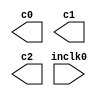
// megafunction wizard: %ALTPLL%VBB%
// GENERATION: STANDARD
// VERSION: WM1.0
// MODULE: altpll 

// ============================================================
// Megafunction Name(s):
// 			altpll
//
// Simulation Library Files(s):
// 			altera_mf
// ============================================================
// ************************************************************
// THIS IS A WIZARD-GENERATED FILE. DO NOT EDIT THIS FILE!
//
// 9.1 Build 304 01/25/2010 SP 1 SJ Full Version
// ************************************************************

//Copyright (C) 1991-2010 Altera Corporation
//Your use of Altera Corporation's design tools, logic functions 
//and other software and tools, and its AMPP partner logic 
//functions, and any output files from any of the foregoing 
//(including device programming or simulation files), and any 
//associated documentation or information are expressly subject 
//to the terms and conditions of the Altera Program License 
//Subscription Agreement, Altera MegaCore Function License 
//Agreement, or other applicable license agreement, including, 
//without limitation, that your use is for the sole purpose of 
//programming logic devices manufactured by Altera and sold by 
//Altera or its authorized distributors.  Please refer to the 
//applicable agreement for further details.

module altpllpll (
	inclk0,
	c0,
	c1,
	c2);

	input	  inclk0;
	output	  c0;
	output	  c1;
	output	  c2;

endmodule

// ============================================================
// CNX file retrieval info
// ============================================================
// Retrieval info: PRIVATE: ACTIVECLK_CHECK STRING "0"
// Retrieval info: PRIVATE: BANDWIDTH STRING "1.000"
// Retrieval info: PRIVATE: BANDWIDTH_FEATURE_ENABLED STRING "1"
// Retrieval info: PRIVATE: BANDWIDTH_FREQ_UNIT STRING "MHz"
// Retrieval info: PRIVATE: BANDWIDTH_PRESET STRING "Low"
// Retrieval info: PRIVATE: BANDWIDTH_USE_AUTO STRING "1"
// Retrieval info: PRIVATE: BANDWIDTH_USE_PRESET STRING "0"
// Retrieval info: PRIVATE: CLKBAD_SWITCHOVER_CHECK STRING "0"
// Retrieval info: PRIVATE: CLKLOSS_CHECK STRING "0"
// Retrieval info: PRIVATE: CLKSWITCH_CHECK STRING "0"
// Retrieval info: PRIVATE: CNX_NO_COMPENSATE_RADIO STRING "0"
// Retrieval info: PRIVATE: CREATE_CLKBAD_CHECK STRING "0"
// Retrieval info: PRIVATE: CREATE_INCLK1_CHECK STRING "0"
// Retrieval info: PRIVATE: CUR_DEDICATED_CLK STRING "c0"
// Retrieval info: PRIVATE: CUR_FBIN_CLK STRING "e0"
// Retrieval info: PRIVATE: DEVICE_SPEED_GRADE STRING "Any"
// Retrieval info: PRIVATE: DIV_FACTOR0 NUMERIC "1"
// Retrieval info: PRIVATE: DIV_FACTOR1 NUMERIC "1"
// Retrieval info: PRIVATE: DIV_FACTOR2 NUMERIC "1"
// Retrieval info: PRIVATE: DUTY_CYCLE0 STRING "50.00000000"
// Retrieval info: PRIVATE: DUTY_CYCLE1 STRING "50.00000000"
// Retrieval info: PRIVATE: DUTY_CYCLE2 STRING "50.00000000"
// Retrieval info: PRIVATE: EFF_OUTPUT_FREQ_VALUE0 STRING "100.000000"
// Retrieval info: PRIVATE: EFF_OUTPUT_FREQ_VALUE1 STRING "100.000000"
// Retrieval info: PRIVATE: EFF_OUTPUT_FREQ_VALUE2 STRING "50.000000"
// Retrieval info: PRIVATE: EXPLICIT_SWITCHOVER_COUNTER STRING "0"
// Retrieval info: PRIVATE: EXT_FEEDBACK_RADIO STRING "0"
// Retrieval info: PRIVATE: GLOCKED_COUNTER_EDIT_CHANGED STRING "1"
// Retrieval info: PRIVATE: GLOCKED_FEATURE_ENABLED STRING "0"
// Retrieval info: PRIVATE: GLOCKED_MODE_CHECK STRING "0"
// Retrieval info: PRIVATE: GLOCK_COUNTER_EDIT NUMERIC "1048575"
// Retrieval info: PRIVATE: HAS_MANUAL_SWITCHOVER STRING "1"
// Retrieval info: PRIVATE: INCLK0_FREQ_EDIT STRING "50.000"
// Retrieval info: PRIVATE: INCLK0_FREQ_UNIT_COMBO STRING "MHz"
// Retrieval info: PRIVATE: INCLK1_FREQ_EDIT STRING "100.000"
// Retrieval info: PRIVATE: INCLK1_FREQ_EDIT_CHANGED STRING "1"
// Retrieval info: PRIVATE: INCLK1_FREQ_UNIT_CHANGED STRING "1"
// Retrieval info: PRIVATE: INCLK1_FREQ_UNIT_COMBO STRING "MHz"
// Retrieval info: PRIVATE: INTENDED_DEVICE_FAMILY STRING "Cyclone IV E"
// Retrieval info: PRIVATE: INT_FEEDBACK__MODE_RADIO STRING "1"
// Retrieval info: PRIVATE: LOCKED_OUTPUT_CHECK STRING "0"
// Retrieval info: PRIVATE: LONG_SCAN_RADIO STRING "1"
// Retrieval info: PRIVATE: LVDS_MODE_DATA_RATE STRING "300.000"
// Retrieval info: PRIVATE: LVDS_MODE_DATA_RATE_DIRTY NUMERIC "0"
// Retrieval info: PRIVATE: LVDS_PHASE_SHIFT_UNIT0 STRING "ps"
// Retrieval info: PRIVATE: LVDS_PHASE_SHIFT_UNIT1 STRING "ps"
// Retrieval info: PRIVATE: LVDS_PHASE_SHIFT_UNIT2 STRING "ps"
// Retrieval info: PRIVATE: MIG_DEVICE_SPEED_GRADE STRING "Any"
// Retrieval info: PRIVATE: MIRROR_CLK0 STRING "0"
// Retrieval info: PRIVATE: MIRROR_CLK1 STRING "0"
// Retrieval info: PRIVATE: MIRROR_CLK2 STRING "0"
// Retrieval info: PRIVATE: MULT_FACTOR0 NUMERIC "1"
// Retrieval info: PRIVATE: MULT_FACTOR1 NUMERIC "1"
// Retrieval info: PRIVATE: MULT_FACTOR2 NUMERIC "1"
// Retrieval info: PRIVATE: NORMAL_MODE_RADIO STRING "1"
// Retrieval info: PRIVATE: OUTPUT_FREQ0 STRING "100.00000000"
// Retrieval info: PRIVATE: OUTPUT_FREQ1 STRING "100.00000000"
// Retrieval info: PRIVATE: OUTPUT_FREQ2 STRING "10.00000000"
// Retrieval info: PRIVATE: OUTPUT_FREQ_MODE0 STRING "1"
// Retrieval info: PRIVATE: OUTPUT_FREQ_MODE1 STRING "1"
// Retrieval info: PRIVATE: OUTPUT_FREQ_MODE2 STRING "0"
// Retrieval info: PRIVATE: OUTPUT_FREQ_UNIT0 STRING "MHz"
// Retrieval info: PRIVATE: OUTPUT_FREQ_UNIT1 STRING "MHz"
// Retrieval info: PRIVATE: OUTPUT_FREQ_UNIT2 STRING "MHz"
// Retrieval info: PRIVATE: PHASE_RECONFIG_FEATURE_ENABLED STRING "1"
// Retrieval info: PRIVATE: PHASE_RECONFIG_INPUTS_CHECK STRING "0"
// Retrieval info: PRIVATE: PHASE_SHIFT0 STRING "0.00000000"
// Retrieval info: PRIVATE: PHASE_SHIFT1 STRING "-65.00000000"
// Retrieval info: PRIVATE: PHASE_SHIFT2 STRING "0.00000000"
// Retrieval info: PRIVATE: PHASE_SHIFT_STEP_ENABLED_CHECK STRING "0"
// Retrieval info: PRIVATE: PHASE_SHIFT_UNIT0 STRING "ps"
// Retrieval info: PRIVATE: PHASE_SHIFT_UNIT1 STRING "deg"
// Retrieval info: PRIVATE: PHASE_SHIFT_UNIT2 STRING "ps"
// Retrieval info: PRIVATE: PLL_ADVANCED_PARAM_CHECK STRING "0"
// Retrieval info: PRIVATE: PLL_ARESET_CHECK STRING "0"
// Retrieval info: PRIVATE: PLL_AUTOPLL_CHECK NUMERIC "1"
// Retrieval info: PRIVATE: PLL_ENHPLL_CHECK NUMERIC "0"
// Retrieval info: PRIVATE: PLL_FASTPLL_CHECK NUMERIC "0"
// Retrieval info: PRIVATE: PLL_FBMIMIC_CHECK STRING "0"
// Retrieval info: PRIVATE: PLL_LVDS_PLL_CHECK NUMERIC "0"
// Retrieval info: PRIVATE: PLL_PFDENA_CHECK STRING "0"
// Retrieval info: PRIVATE: PLL_TARGET_HARCOPY_CHECK NUMERIC "0"
// Retrieval info: PRIVATE: PRIMARY_CLK_COMBO STRING "inclk0"
// Retrieval info: PRIVATE: RECONFIG_FILE STRING "altpllpll_0.mif"
// Retrieval info: PRIVATE: SACN_INPUTS_CHECK STRING "0"
// Retrieval info: PRIVATE: SCAN_FEATURE_ENABLED STRING "1"
// Retrieval info: PRIVATE: SELF_RESET_LOCK_LOSS STRING "0"
// Retrieval info: PRIVATE: SHORT_SCAN_RADIO STRING "0"
// Retrieval info: PRIVATE: SPREAD_FEATURE_ENABLED STRING "0"
// Retrieval info: PRIVATE: SPREAD_FREQ STRING "50.000"
// Retrieval info: PRIVATE: SPREAD_FREQ_UNIT STRING "KHz"
// Retrieval info: PRIVATE: SPREAD_PERCENT STRING "0.500"
// Retrieval info: PRIVATE: SPREAD_USE STRING "0"
// Retrieval info: PRIVATE: SRC_SYNCH_COMP_RADIO STRING "0"
// Retrieval info: PRIVATE: STICKY_CLK0 STRING "1"
// Retrieval info: PRIVATE: STICKY_CLK1 STRING "1"
// Retrieval info: PRIVATE: STICKY_CLK2 STRING "1"
// Retrieval info: PRIVATE: SWITCHOVER_COUNT_EDIT NUMERIC "1"
// Retrieval info: PRIVATE: SWITCHOVER_FEATURE_ENABLED STRING "1"
// Retrieval info: PRIVATE: SYNTH_WRAPPER_GEN_POSTFIX STRING "0"
// Retrieval info: PRIVATE: USE_CLK0 STRING "1"
// Retrieval info: PRIVATE: USE_CLK1 STRING "1"
// Retrieval info: PRIVATE: USE_CLK2 STRING "1"
// Retrieval info: PRIVATE: USE_CLKENA0 STRING "0"
// Retrieval info: PRIVATE: USE_CLKENA1 STRING "0"
// Retrieval info: PRIVATE: USE_CLKENA2 STRING "0"
// Retrieval info: PRIVATE: USE_MIL_SPEED_GRADE NUMERIC "0"
// Retrieval info: PRIVATE: ZERO_DELAY_RADIO STRING "0"
// Retrieval info: LIBRARY: altera_mf altera_mf.altera_mf_components.all
// Retrieval info: CONSTANT: BANDWIDTH_TYPE STRING "AUTO"
// Retrieval info: CONSTANT: CLK0_DIVIDE_BY NUMERIC "1"
// Retrieval info: CONSTANT: CLK0_DUTY_CYCLE NUMERIC "50"
// Retrieval info: CONSTANT: CLK0_MULTIPLY_BY NUMERIC "2"
// Retrieval info: CONSTANT: CLK0_PHASE_SHIFT STRING "0"
// Retrieval info: CONSTANT: CLK1_DIVIDE_BY NUMERIC "1"
// Retrieval info: CONSTANT: CLK1_DUTY_CYCLE NUMERIC "50"
// Retrieval info: CONSTANT: CLK1_MULTIPLY_BY NUMERIC "2"
// Retrieval info: CONSTANT: CLK1_PHASE_SHIFT STRING "-1806"
// Retrieval info: CONSTANT: CLK2_DIVIDE_BY NUMERIC "1"
// Retrieval info: CONSTANT: CLK2_DUTY_CYCLE NUMERIC "50"
// Retrieval info: CONSTANT: CLK2_MULTIPLY_BY NUMERIC "1"
// Retrieval info: CONSTANT: CLK2_PHASE_SHIFT STRING "0"
// Retrieval info: CONSTANT: COMPENSATE_CLOCK STRING "CLK0"
// Retrieval info: CONSTANT: INCLK0_INPUT_FREQUENCY NUMERIC "20000"
// Retrieval info: CONSTANT: INTENDED_DEVICE_FAMILY STRING "Cyclone IV E"
// Retrieval info: CONSTANT: LPM_TYPE STRING "altpll"
// Retrieval info: CONSTANT: OPERATION_MODE STRING "NORMAL"
// Retrieval info: CONSTANT: PLL_TYPE STRING "AUTO"
// Retrieval info: CONSTANT: PORT_ACTIVECLOCK STRING "PORT_UNUSED"
// Retrieval info: CONSTANT: PORT_ARESET STRING "PORT_UNUSED"
// Retrieval info: CONSTANT: PORT_CLKBAD0 STRING "PORT_UNUSED"
// Retrieval info: CONSTANT: PORT_CLKBAD1 STRING "PORT_UNUSED"
// Retrieval info: CONSTANT: PORT_CLKLOSS STRING "PORT_UNUSED"
// Retrieval info: CONSTANT: PORT_CLKSWITCH STRING "PORT_UNUSED"
// Retrieval info: CONSTANT: PORT_CONFIGUPDATE STRING "PORT_UNUSED"
// Retrieval info: CONSTANT: PORT_FBIN STRING "PORT_UNUSED"
// Retrieval info: CONSTANT: PORT_INCLK0 STRING "PORT_USED"
// Retrieval info: CONSTANT: PORT_INCLK1 STRING "PORT_UNUSED"
// Retrieval info: CONSTANT: PORT_LOCKED STRING "PORT_UNUSED"
// Retrieval info: CONSTANT: PORT_PFDENA STRING "PORT_UNUSED"
// Retrieval info: CONSTANT: PORT_PHASECOUNTERSELECT STRING "PORT_UNUSED"
// Retrieval info: CONSTANT: PORT_PHASEDONE STRING "PORT_UNUSED"
// Retrieval info: CONSTANT: PORT_PHASESTEP STRING "PORT_UNUSED"
// Retrieval info: CONSTANT: PORT_PHASEUPDOWN STRING "PORT_UNUSED"
// Retrieval info: CONSTANT: PORT_PLLENA STRING "PORT_UNUSED"
// Retrieval info: CONSTANT: PORT_SCANACLR STRING "PORT_UNUSED"
// Retrieval info: CONSTANT: PORT_SCANCLK STRING "PORT_UNUSED"
// Retrieval info: CONSTANT: PORT_SCANCLKENA STRING "PORT_UNUSED"
// Retrieval info: CONSTANT: PORT_SCANDATA STRING "PORT_UNUSED"
// Retrieval info: CONSTANT: PORT_SCANDATAOUT STRING "PORT_UNUSED"
// Retrieval info: CONSTANT: PORT_SCANDONE STRING "PORT_UNUSED"
// Retrieval info: CONSTANT: PORT_SCANREAD STRING "PORT_UNUSED"
// Retrieval info: CONSTANT: PORT_SCANWRITE STRING "PORT_UNUSED"
// Retrieval info: CONSTANT: PORT_clk0 STRING "PORT_USED"
// Retrieval info: CONSTANT: PORT_clk1 STRING "PORT_USED"
// Retrieval info: CONSTANT: PORT_clk2 STRING "PORT_USED"
// Retrieval info: CONSTANT: PORT_clk3 STRING "PORT_UNUSED"
// Retrieval info: CONSTANT: PORT_clk4 STRING "PORT_UNUSED"
// Retrieval info: CONSTANT: PORT_clk5 STRING "PORT_UNUSED"
// Retrieval info: CONSTANT: PORT_clkena0 STRING "PORT_UNUSED"
// Retrieval info: CONSTANT: PORT_clkena1 STRING "PORT_UNUSED"
// Retrieval info: CONSTANT: PORT_clkena2 STRING "PORT_UNUSED"
// Retrieval info: CONSTANT: PORT_clkena3 STRING "PORT_UNUSED"
// Retrieval info: CONSTANT: PORT_clkena4 STRING "PORT_UNUSED"
// Retrieval info: CONSTANT: PORT_clkena5 STRING "PORT_UNUSED"
// Retrieval info: CONSTANT: PORT_extclk0 STRING "PORT_UNUSED"
// Retrieval info: CONSTANT: PORT_extclk1 STRING "PORT_UNUSED"
// Retrieval info: CONSTANT: PORT_extclk2 STRING "PORT_UNUSED"
// Retrieval info: CONSTANT: PORT_extclk3 STRING "PORT_UNUSED"
// Retrieval info: CONSTANT: WIDTH_CLOCK NUMERIC "5"
// Retrieval info: USED_PORT: @clk 0 0 5 0 OUTPUT_CLK_EXT VCC "@clk[4..0]"
// Retrieval info: USED_PORT: c0 0 0 0 0 OUTPUT_CLK_EXT VCC "c0"
// Retrieval info: USED_PORT: c1 0 0 0 0 OUTPUT_CLK_EXT VCC "c1"
// Retrieval info: USED_PORT: c2 0 0 0 0 OUTPUT_CLK_EXT VCC "c2"
// Retrieval info: USED_PORT: inclk0 0 0 0 0 INPUT_CLK_EXT GND "inclk0"
// Retrieval info: CONNECT: @inclk 0 0 1 0 inclk0 0 0 0 0
// Retrieval info: CONNECT: c0 0 0 0 0 @clk 0 0 1 0
// Retrieval info: CONNECT: c1 0 0 0 0 @clk 0 0 1 1
// Retrieval info: CONNECT: c2 0 0 0 0 @clk 0 0 1 2
// Retrieval info: CONNECT: @inclk 0 0 1 1 GND 0 0 0 0
// Retrieval info: GEN_FILE: TYPE_NORMAL altpllpll.v TRUE
// Retrieval info: GEN_FILE: TYPE_NORMAL altpllpll.ppf TRUE
// Retrieval info: GEN_FILE: TYPE_NORMAL altpllpll.inc FALSE
// Retrieval info: GEN_FILE: TYPE_NORMAL altpllpll.cmp FALSE
// Retrieval info: GEN_FILE: TYPE_NORMAL altpllpll.bsf FALSE
// Retrieval info: GEN_FILE: TYPE_NORMAL altpllpll_inst.v FALSE
// Retrieval info: GEN_FILE: TYPE_NORMAL altpllpll_bb.v TRUE
// Retrieval info: LIB_FILE: altera_mf